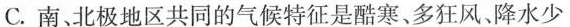
C.南、北极地区共同的气候特征是酷寒、多狂风、降水少